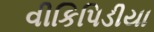
વીકિપિડીયા